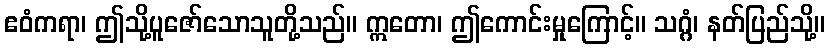
ဧဝံကရာ၊ ဤသို့ပူဇော်သောသူတို့သည်။ ဣတော၊ ဤကောင်းမှုကြောင့်။ သဂ္ဂံ၊ နတ်ပြည်သို့။